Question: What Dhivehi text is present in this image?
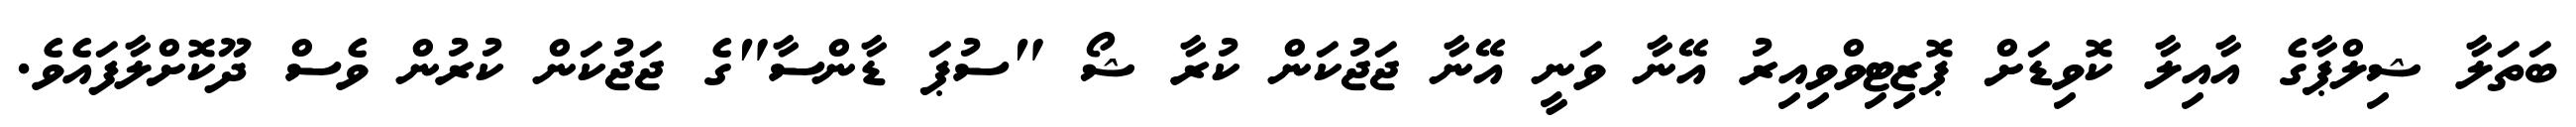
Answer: ބަތަލާ ޝިލްޕާގެ އާއިލާ ކޮވިޑަށް ޕޮޒިޓިވްވިއިރު އޭނާ ވަނީ އޭނާ ޖަޖުކަން ކުރާ ޝޯ "ސުޕަ ޑާންސާ"ގެ ޖަޖުކަން ކުރުން ވެސް ދޫކޮށްލާފައެވެ.